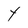
Character: Y